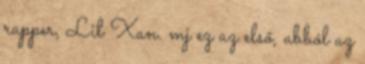
rapper, Lil Xan. mj ez az első, abból az